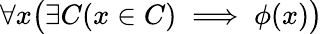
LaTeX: \forall x{\bigl(}\exists C(x\in C)\implies\phi(x){\bigr)}